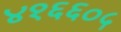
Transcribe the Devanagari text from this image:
४१६६०५